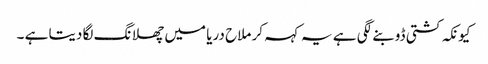
کیونکہ کشتی ڈوبنے لگی ہے یہ کہہ کر ملاح دریا میں چھلانگ لگا دیتا ہے ۔